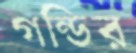
গন্ডির